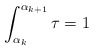
\begin{align*} \int_{\alpha_k}^{\alpha_{k+1}}\tau=1\end{align*}